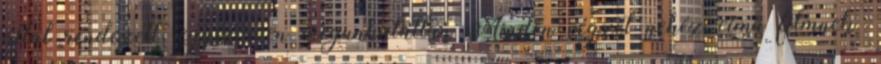
által rendezett, egyszerűen megunhatatlan Minden végzet nehéz című filmnek.